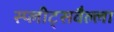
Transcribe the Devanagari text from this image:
स्प्लीट्सवैल्ला